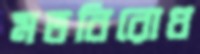
মতবিরোধ